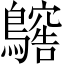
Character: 𪆥